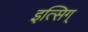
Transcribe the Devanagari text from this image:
इत्सिग्